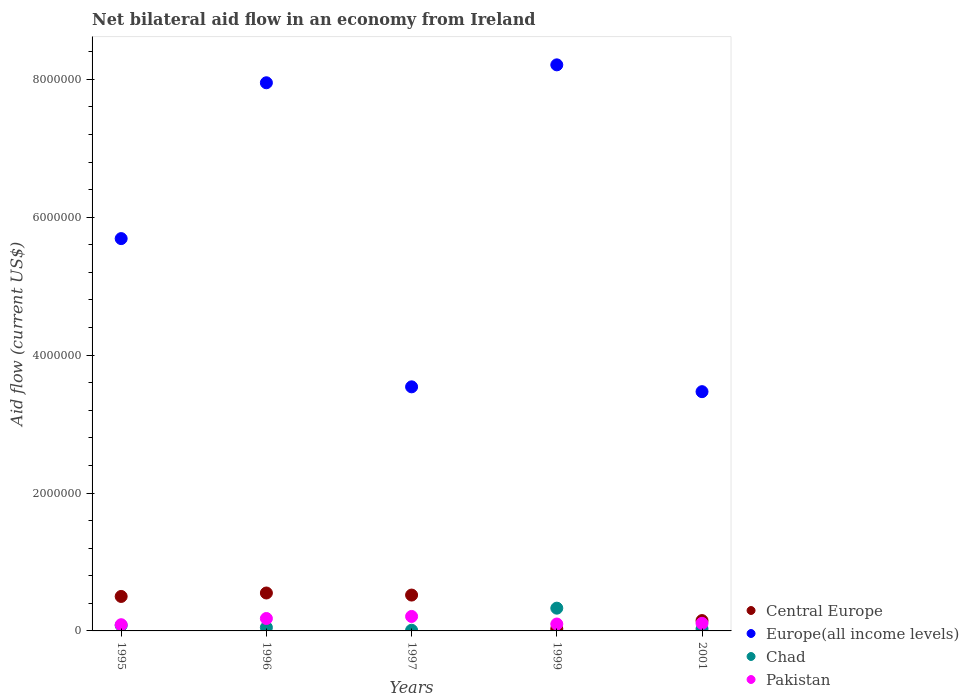
| Years | Central Europe | Europe(all income levels) | Chad | Pakistan |
 | --- | --- | --- | --- | --- |
 | 1995 | 5e+05 | 5.69e+06 | 8e+04 | 9e+04 |
 | 1996 | 5.5e+05 | 7.95e+06 | 5e+04 | 1.8e+05 |
 | 1997 | 5.2e+05 | 3.54e+06 | 1e+04 | 2.1e+05 |
 | 1999 | 3e+04 | 8.21e+06 | 3.3e+05 | 1e+05 |
 | 2001 | 1.5e+05 | 3.47e+06 | 3e+04 | 1.1e+05 |